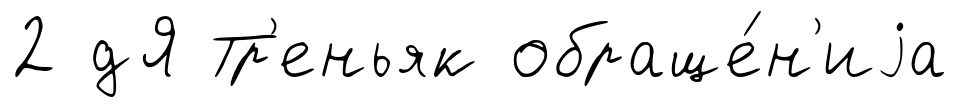
2 дЯ Тр'еньяк обраще́н'иjа